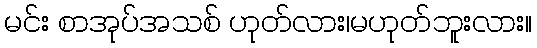
မင်း စာအုပ်အသစ် ဟုတ်လား၊မဟုတ်ဘူးလား။